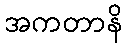
အကတာနိ